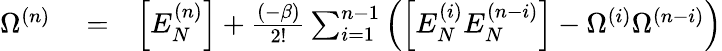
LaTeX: \begin{array}{rlr}{\Omega^{(n)}}&{{}=}&{\left[E_{N}^{(n)}\right]+\frac{(-\beta)}{2!}\sum_{i=1}^{n-1}\left(\left[E_{N}^{(i)}E_{N}^{(n-i)}\right]-\Omega^{(i)}\Omega^{(n-i)}\right)}\end{array}